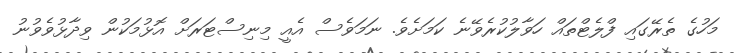
މަހުގެ ތެރޭގައި ފްލެޓްތައް ހަވާލުކުރެވޭނެ ކަމަށެވެ. ނަމަވެސް އެއީ މިނިސްޓަރަށް އޮޅުމަކުން ވިދާޅުވެވުނު